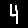
Digit: 4